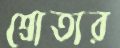
শ্রোতার